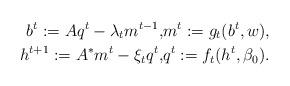
LaTeX: \begin{align*}b^t := A q^t - \lambda_t m^{t-1},& m^t := g_t(b^t, w), \\ h^{t+1} := A^*m^t - \xi_t q^t, & q^{t} := f_t(h^t, \beta_0).\end{align*}